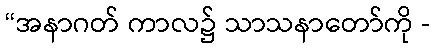
“အနာဂတ် ကာလ၌ သာသနာတော်ကို -